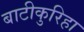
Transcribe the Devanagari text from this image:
बाटीकुरिहा